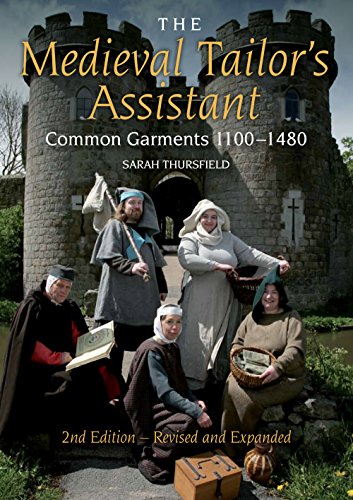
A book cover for The Medieval Tailor's Assistant, 2nd Edition: Common Garments 1100-1480; Sarah Thursfield; Crafts, Hobbies & Home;